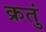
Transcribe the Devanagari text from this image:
क्रतुं